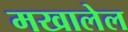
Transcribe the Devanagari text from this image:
मखालेल